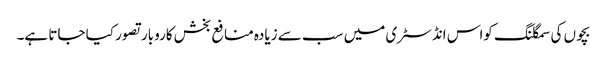
بچوں کی سمگلنگ کواس انڈسٹری میں سب سے زیادہ منافع بخش کاروبار تصور کیا جاتا ہے۔